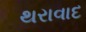
થરાવાદ